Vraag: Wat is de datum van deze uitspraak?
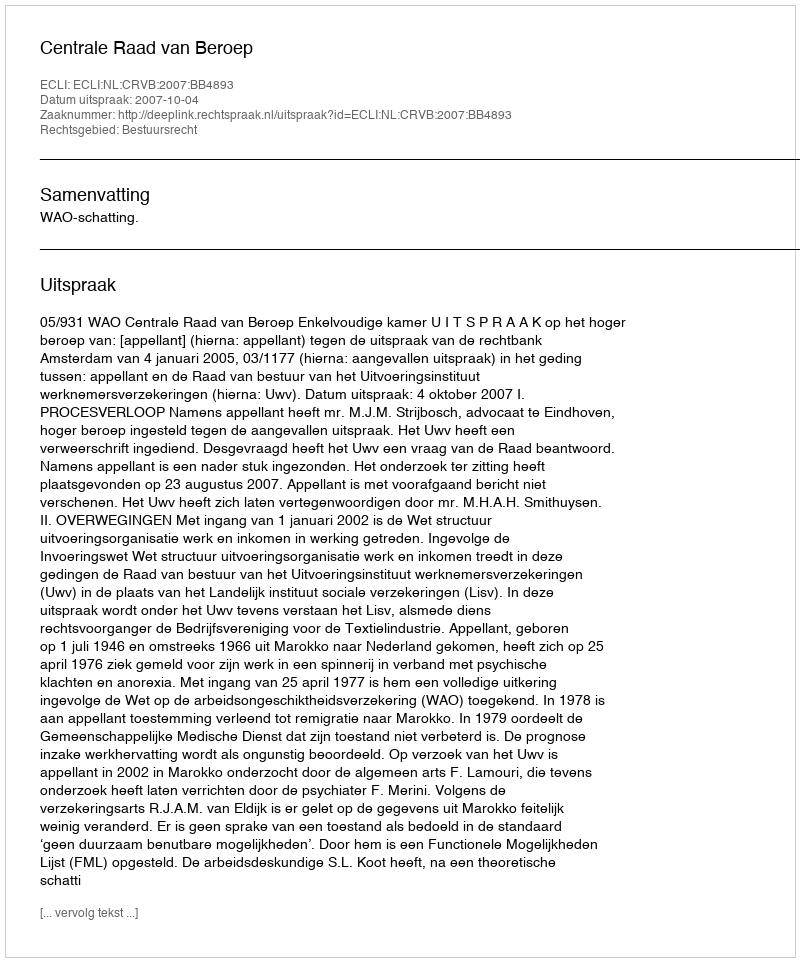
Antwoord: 2007-10-04